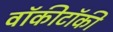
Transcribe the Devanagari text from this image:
वॉकीटॉकी